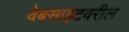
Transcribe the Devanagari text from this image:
वेबसाइटवरील